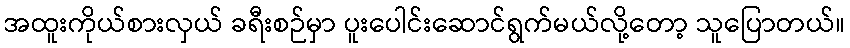
အထူးကိုယ်စားလှယ် ခရီးစဉ်မှာ ပူးပေါင်းဆောင်ရွက်မယ်လို့တော့ သူပြောတယ်။